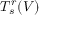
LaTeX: T _ { s } ^ { r } ( V )